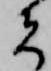
者